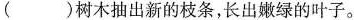
( )树木抽出新的枝条，长出嫩绿的叶子。